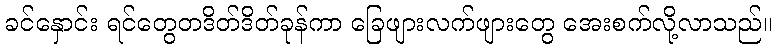
ခင်နှောင်း ရင်တွေတဒိတ်ဒိတ်ခုန်ကာ ခြေဖျားလက်ဖျားတွေ အေးစက်လို့လာသည်။